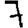
Digit: 7